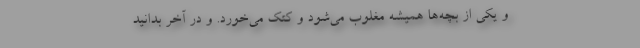
و یکی از بچه‌ها همیشه مغلوب می‌‌شود و کتک می‌‌خورد. و در آخر بدانید